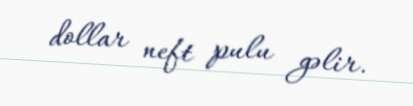
dollar neft pulu gəlir.